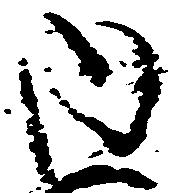
内